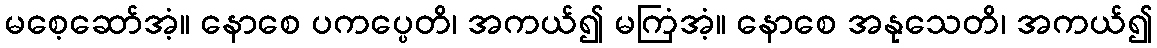
မစေ့ဆော်အံ့။ နောစေ ပကပ္ပေတိ၊ အကယ်၍ မကြံအံ့။ နောစေ အနုသေတိ၊ အကယ်၍